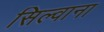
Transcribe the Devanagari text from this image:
सिल्वाना